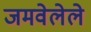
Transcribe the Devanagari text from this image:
जमवेलेले